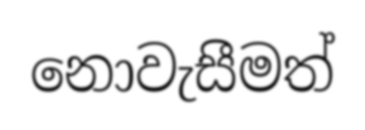
නොවැසීමත්